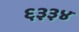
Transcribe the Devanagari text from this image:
६३३४